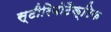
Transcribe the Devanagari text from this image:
स्टीरियोटैक्टिक